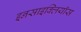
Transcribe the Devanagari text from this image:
इनसाइक्लियॉस